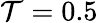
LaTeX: \mathcal{T}=0.5